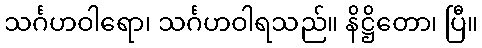
သင်္ဂဟဝါရော၊ သင်္ဂဟဝါရသည်။ နိဋ္ဌိတော၊ ပြီ။